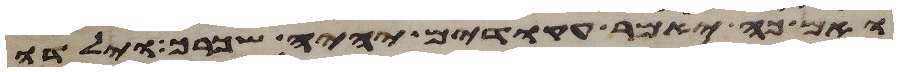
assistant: ואם כה יאמר עקודים יהיה שכרך וילדו